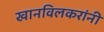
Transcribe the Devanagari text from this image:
खानविलकरांनी